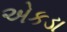
એકડા